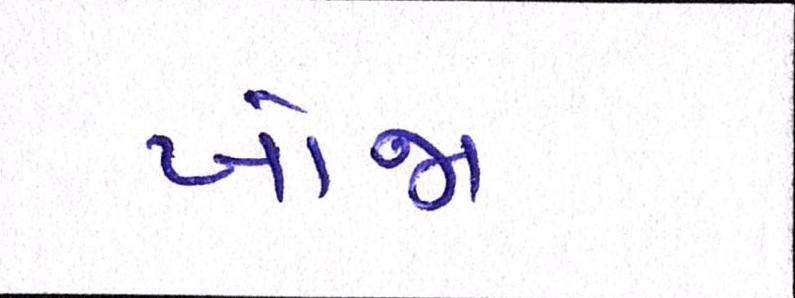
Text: ખોજા